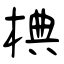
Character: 椣